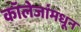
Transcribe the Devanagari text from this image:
कॉलेजांमधून